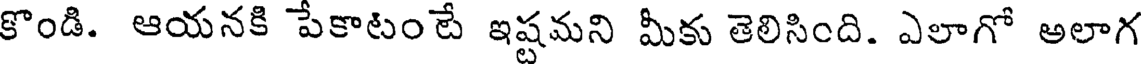
కొండి. ఆయనకి పేకాటంటే ఇష్టమని మీకు తెలిసింది. ఎలాగో అలాగ